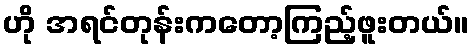
ဟို အရင်တုန်းကတော့ကြည့်ဖူးတယ်။